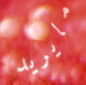
مايريد